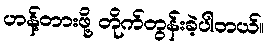
ဟန့်တားဖို့ တိုက်တွန်းခဲ့ပါတယ်။